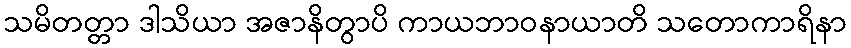
သမိတတ္တာ ဒါသိယာ အဇာနိတွာပိ ကာယဘာဝနာယာတိ သတောကာရိနာ